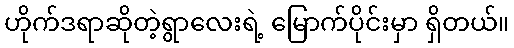
ဟိုက်ဒရာဆိုတဲ့ရွာလေးရဲ့ မြောက်ပိုင်းမှာ ရှိတယ်။